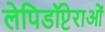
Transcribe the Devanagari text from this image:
लेपिडॉप्टेराओं